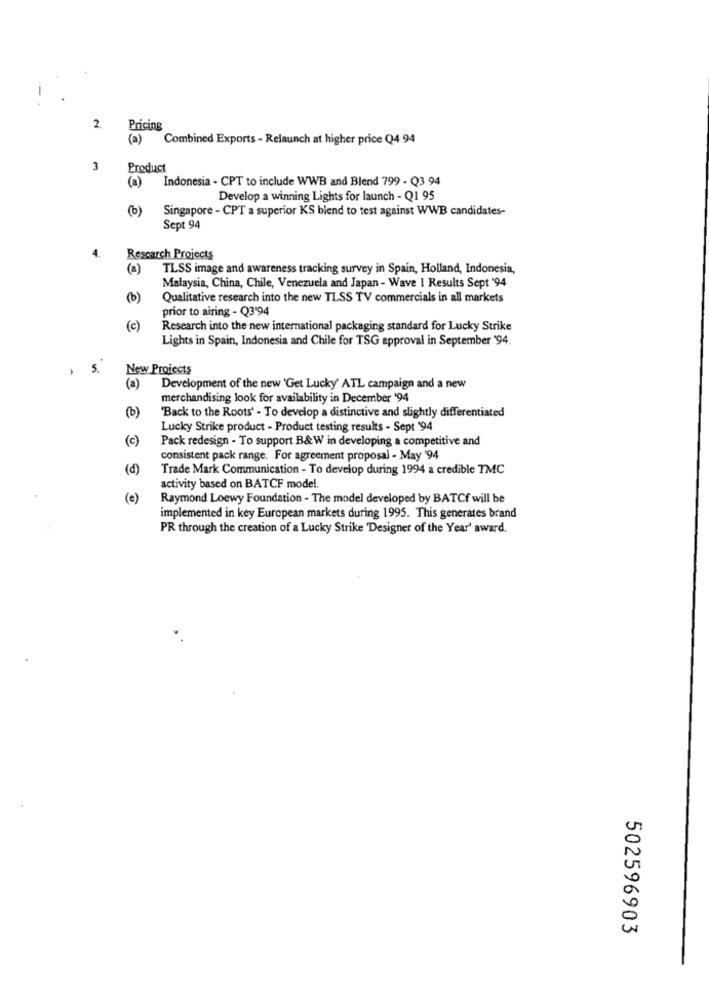
2.
Pricing
(a) Combined Exports - Relaunch at higher price Q4 94
3
Product
Indonesia - CPT to include WWB and Blend 799 - Q3 94
(a)
Develop a winning Lights for launch - Q1 95
(b)
Singapore - CPT a superior KS blend to test against WWB candidates-
Sept 94
Research Projects
(a)
TLSS image and awareness tracking survey in Spain, Holland, Indonesia,
Malaysia, China, Chile, Venezuela and Japan - Wave 1 Results Sept '94
(b)
Qualitative research into the new TLSS TV commercials in all markets
prior to airing - Q3'94
(c)
Research into the new international packaging standard for Lucky Strike
Lights in Spain, Indonesia and Chile for TSG approval in September '94.
5 .
New Projects
(a)
Development of the new 'Get Lucky' ATL campaign and a new
merchandising look for availability in December '94
(b)
"Back to the Roots' - To develop a distinctive and slightly differentiated
Lucky Strike product - Product testing results - Sept '94
(c)
Pack redesign - To support B&W in developing a competitive and
consistent pack range. For agreement proposal - May '94
(d)
Trade Mark Communication - To develop during 1994 a credible TMC
activity based on BATCF model.
(e)
Raymond Loewy Foundation - The model developed by BATCf will be
implemented in key European markets during 1995. This generates brand
PR through the creation of a Lucky Strike 'Designer of the Year' award,
502596903